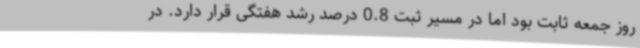
روز جمعه ثابت بود اما در مسیر ثبت 0.8 درصد رشد هفتگی قرار دارد. در